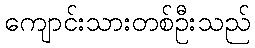
ကျောင်းသားတစ်ဦးသည်